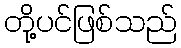
တို့ပင်ဖြစ်သည်